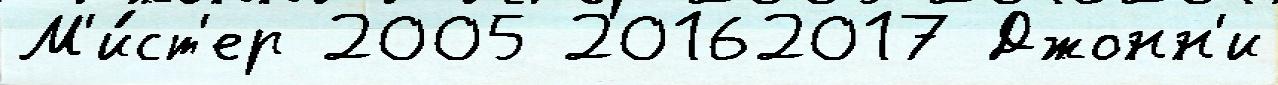
М'и́ст'ер 2005 20162017 Джонн'и